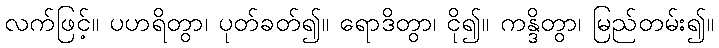
လက်ဖြင့်။ ပဟရိတွာ၊ ပုတ်ခတ်၍။ ရောဒိတွာ၊ ငို၍။ ကန္ဒိတွာ၊ မြည်တမ်း၍။